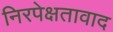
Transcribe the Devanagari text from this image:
निरपेक्षतावाद